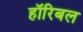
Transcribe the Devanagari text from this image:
हॉरिबल